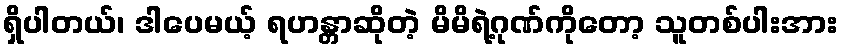
ရှိပါတယ်၊ ဒါပေမယ့် ရဟန္တာဆိုတဲ့ မိမိရဲ့ဂုဏ်ကိုတော့ သူတစ်ပါးအား